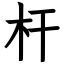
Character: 杆